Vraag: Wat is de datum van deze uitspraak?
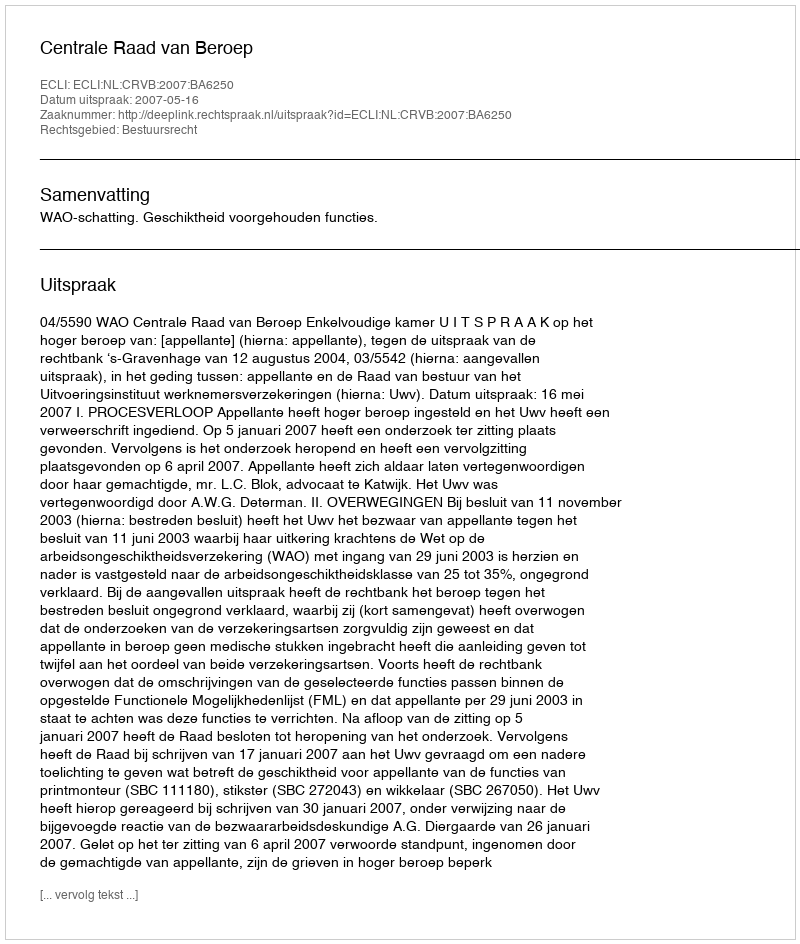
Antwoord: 2007-05-16